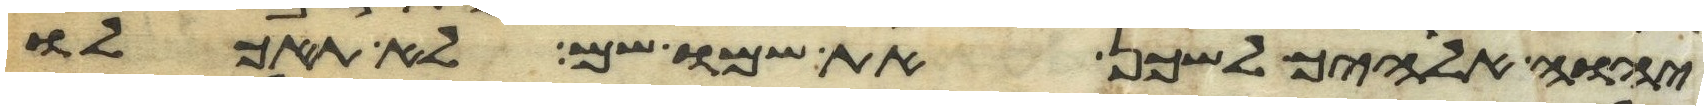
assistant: יהוה אלהיך לשכן את שמו שם לא תאכלו